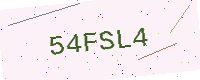
Text: 54FSL4